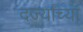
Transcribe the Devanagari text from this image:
दर्ज्यांच्या